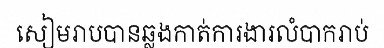
សៀមរាបបានឆ្លងកាត់ការងារលំបាករាប់